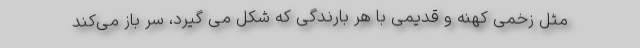
مثل زخمی کهنه و قدیمی با هر بارندگی که شکل می گیرد، سر باز می‌کند